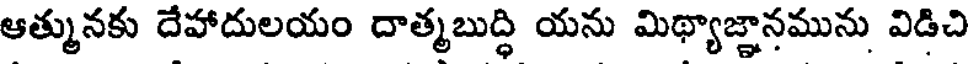
ఆత్మునకు దేహాదులయం దాత్మబుద్ధి యను మిథ్యాజ్ఞానమును విడిచి